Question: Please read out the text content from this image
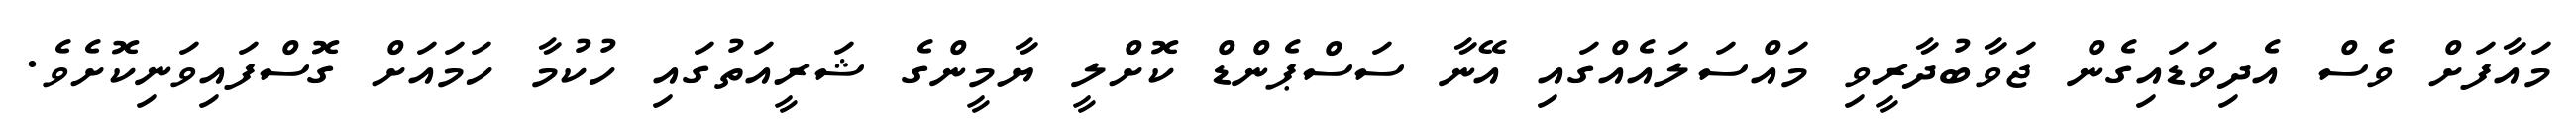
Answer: މައާފަށް ވެސް އެދިވަޑައިގެން ޖަވާބުދާރީވި މައްސަލައެއްގައި އޭނާ ސަސްޕެންޑް ކޮށްލީ ޔާމީންގެ ޝަރީއަތުގައި ހުކުމާ ހަމައަށް ގޮސްފައިވަނިކޮށެވެ.